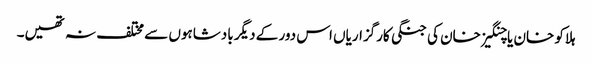
ہلاکو خان یا چنگیز خان کی جنگی کارگزاریاں اس دور کے دیگر بادشاہوں سے مختلف نہ تھیں۔